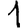
Digit: 1